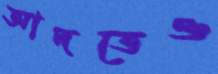
আদতেও